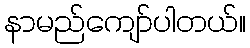
နာမည်ကျော်ပါတယ်။